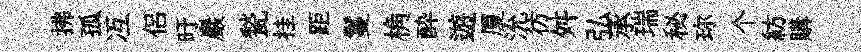
拂孤冱侶旴巖甃挂距鬘桷酔遊厦沇彷舛弘承瑞秘珎个紡購